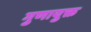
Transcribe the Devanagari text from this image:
गुणायुक्त